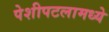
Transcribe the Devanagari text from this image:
पेशीपटलामध्ये